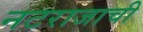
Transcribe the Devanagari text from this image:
नटराजाची